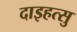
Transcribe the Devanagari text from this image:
दाइहत्सु